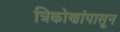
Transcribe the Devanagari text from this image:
त्रिकोणांपासून